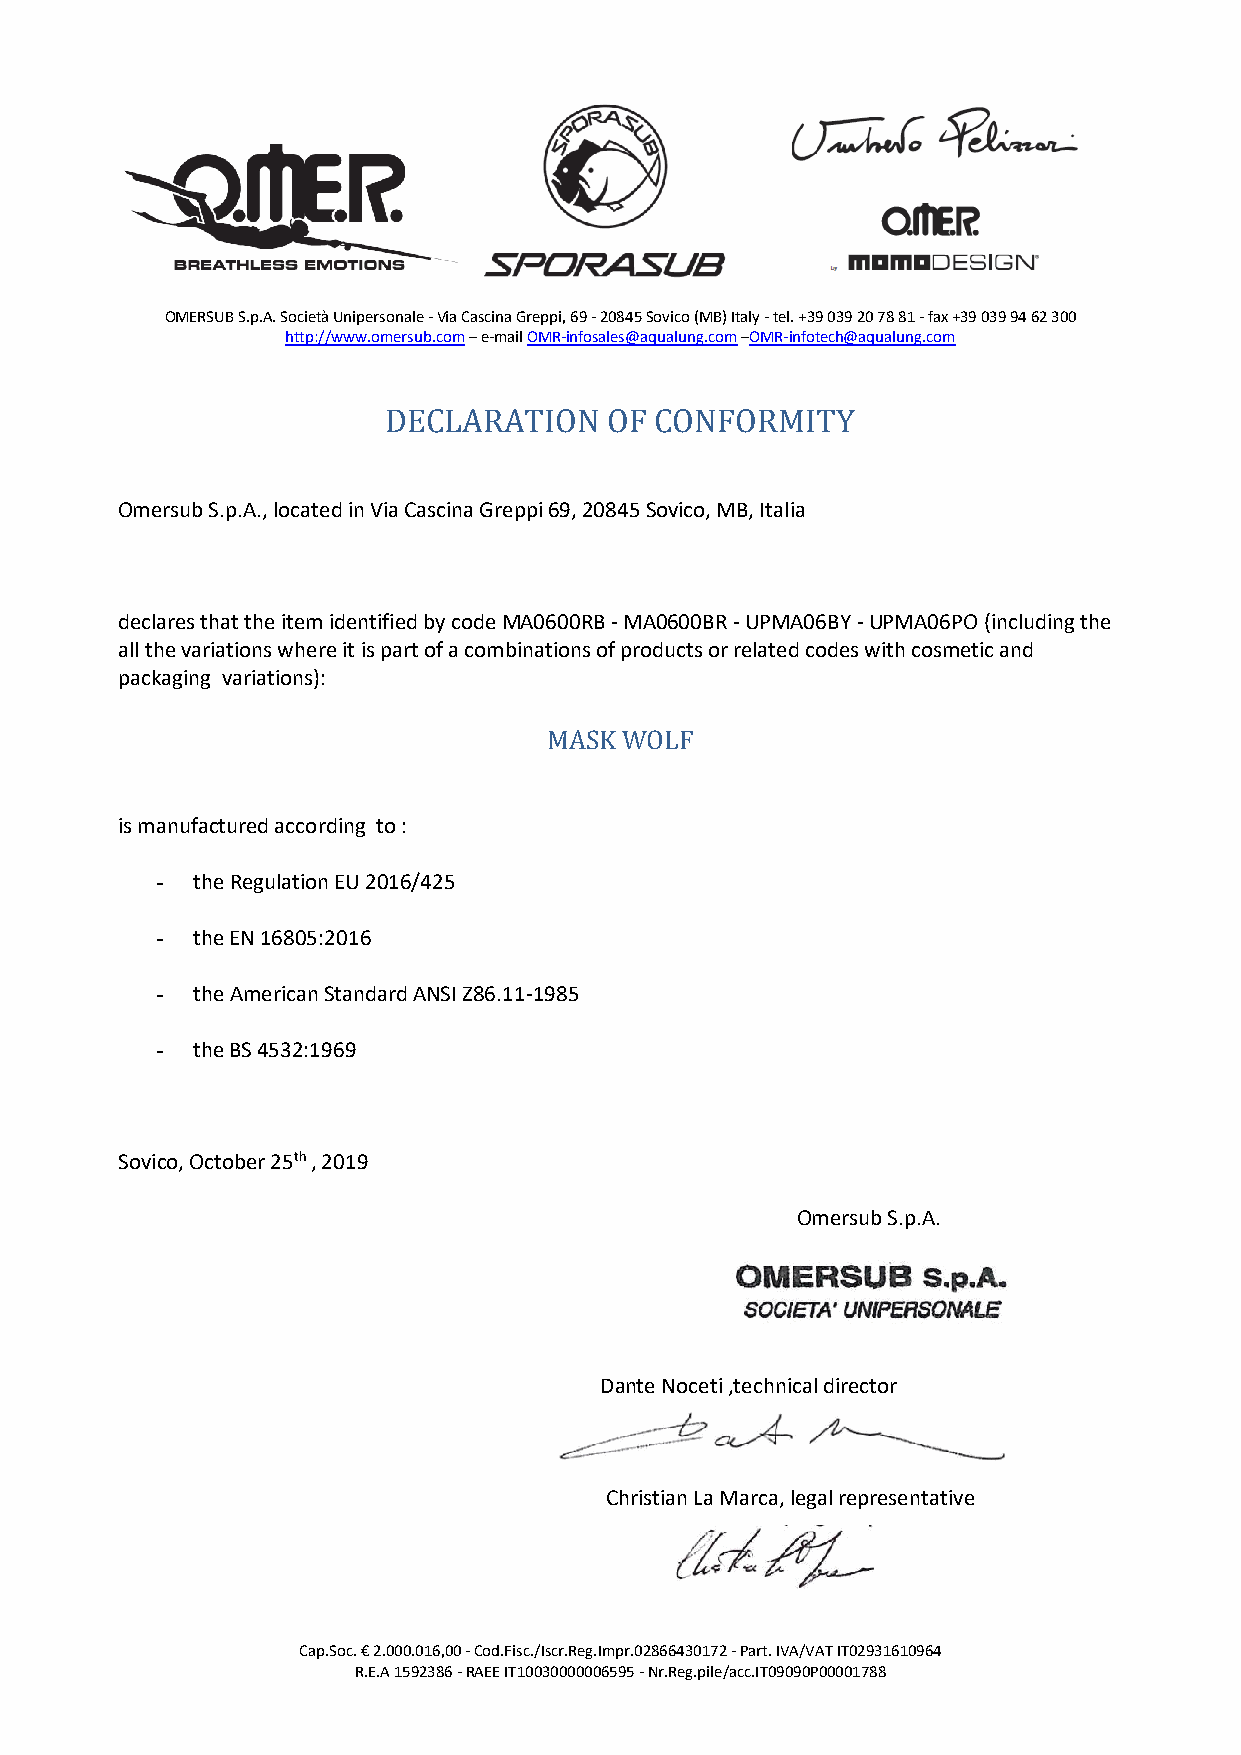
OMERSUB S.p.A. Società Unipersonale - Via Cascina Greppi, 69 - 20845 Sovico (MB) Italy - tel. +39 039 20 78 81 - fax +39 039 94 62 300
 http://www.omersub.com – e-mail OMR-infosales@aqualung.com –OMR-infotech@aqualung.com
 DECLARATION    OF CONFORMITY
 Omersub S.p.A., located in Via Cascina Greppi 69, 20845 Sovico, MB, Italia
 declares that the item identified by code MA0600RB - MA0600BR - UPMA06BY - UPMA06PO (including the
 all the variations where it is part of a combinations of products or related codes with cosmetic and
 packaging variations):
 MASK WOLF
 is manufactured according to :
 -  the Regulation EU 2016/425
 -  the EN 16805:2016
 -  the American Standard ANSI Z86.11-1985
 -  the BS 4532:1969
 Sovico, October 25th , 2019
 Omersub S.p.A.
 Dante Noceti ,technical director
 Christian La Marca, legal representative
 Cap.Soc. € 2.000.016,00 - Cod.Fisc./Iscr.Reg.Impr.02866430172 - Part. IVA/VAT IT02931610964
 R.E.A 1592386 - RAEE IT10030000006595 - Nr.Reg.pile/acc.IT09090P00001788